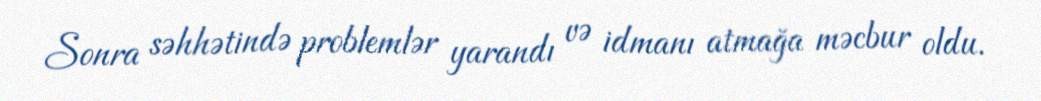
Sonra səhhətində problemlər yarandı və idmanı atmağa məcbur oldu.